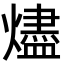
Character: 燼